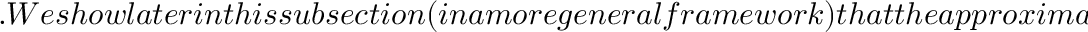
. W e s h o w l a t e r i n t h i s s u b s e c t i o n ( i n a m o r e g e n e r a l f r a m e w o r k ) t h a t t h e a p p r o x i m a t i o n m a p p i n g